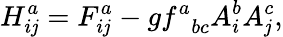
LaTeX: H_{i\mathit{j}}^{a}=F_{i\mathit{j}}^{a}-gf_{\; \; bc}^{a}A_{i}^{b}A_{\mathit{j}}^{c},